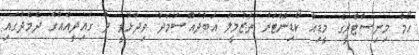
ހޯމް މިނިސްޓްރީގެ މީޑިއާ ކޯޑިނޭޓަރު ތަޒުމީލު އަބުދުއްސަމަދު ވިދާޅުވީ ދެ ގައިދީއެއްގެ ދެމެދުގައި